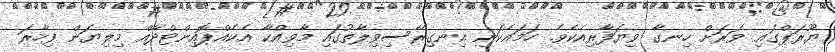
ޔޫރަޕްގައި ވަރަށް ހިނގާ ވިޔަފާރިއެކެވެ. ހަމައެކަނި އިނގިރޭސިވިލާތުގައި މާވިއްކާ އެކެއްޕޮއިންޓްދޭއް މިލިޔަން ފިހާރަ